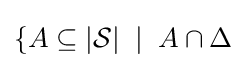
\{A\subseteq |{\mathcal {S}}|\;\mid \;A\cap \Delta